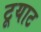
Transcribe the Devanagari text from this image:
टूयाट